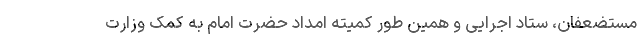
مستضعفان، ستاد اجرایی و همین طور کمیته امداد حضرت امام به کمک وزارت